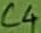
Text: C4